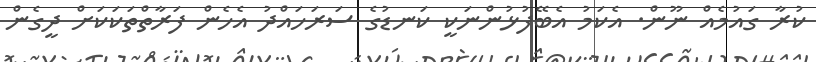
ކުރާ ގައުމެއް ނޫން. އެކަމު އެބޭފުޅުންނަކީ ކަނޑުގެ ސަރަހައްދު އެހެން ފަރާތްތަކަކަށް ދީގެން